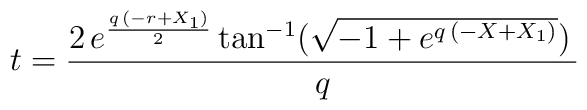
t = {{2\,{e^{{{q\,\left( -r + { X_1} \right) }\over 2}}}\,     {\rm tan}^{-1} ({\sqrt{-1 + {e^{q\,\left( -X + { X_1} \right)      }}}})\,{     }}\over q}